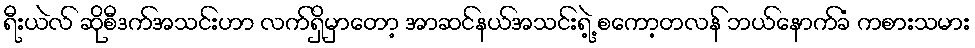
ရီးယဲလ် ဆိုစီဒက်အသင်းဟာ လက်ရှိမှာတော့ အာဆင်နယ်အသင်းရဲ့့ စကော့တလန် ဘယ်နောက်ခံ ကစားသမား